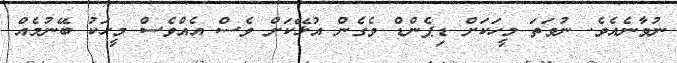
ނުވާނެއެވެ. ނުވަތަ މީހަކަށް ޑިޕެންޑް ވެގެން އުޅޭކަށް ވެސް އެއްވެސް މީހަކު ބޭނުމެއް